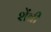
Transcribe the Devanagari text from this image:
शेंबी